Report of the Indian Hemp Drugs Commission, 1894-1895 - Volume III
Year: 1894
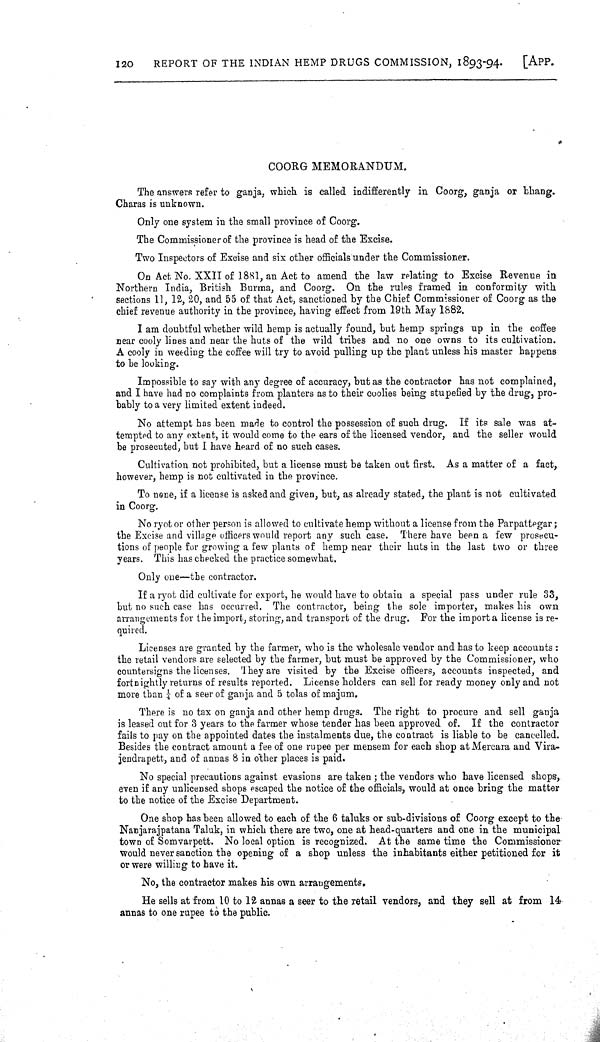
120
REPORT OF THE INDIAN HEMP DRUGS COMMISSION, 1893-94.
[APP.
COORG MEMORANDUM.
The answers refer to ganja, which is called indifferently in Coorg, ganja or bhang.
Charas is unknown.
Only one system in the small province of Coorg.
The Commissioner of the province is head of the Excise.
Two Inspectors of Excise and six other officials under the Commissioner.
On Act No. XXII of 1881, an Act to amend the law relating to Excise Revenue in
Northern India, British Burma, and Coorg. On the rules framed in conformity with
sections 11, 12, 20, and 55 of that Act, sanctioned by the Chief Commissioner of Coorg as the
chief revenue authority in the province, having effect from 19th May 1882.
I am doubtful whether wild hemp is actually found, but hemp springs up in the coffee
near cooly lines and near the huts of the wild tribes and no one owns to its cultivation.
A cooly in weeding the coffee will try to avoid pulling up the plant unless his master happens
to be looking.
Impossible to say with any degree of accuracy, but as the contractor has not complained,
and I have had no complaints from planters as to their coolies being stupefied by the drug, pro-
bably to a very limited extent indeed.
No attempt has been made to control the possession of such drug. If its sale was at-
tempted to any extent, it would come to the ears of the licensed vendor, and the seller would
be prosecuted, but I have heard of no such cases.
Cultivation not prohibited, but a license must be taken out first. As a matter of a fact,
however, hemp is not cultivated in the province.
To none, if a license is asked and given, but, as already stated, the plant is not cultivated
in Coorg.
No ryot or other person is allowed to cultivate hemp without a license from the Parpattegar;
the Excise and village officers would report any such case. There have been a few prosecu-
tions of people for growing a few plants of hemp near their huts in the last two or three
years. This has checked the practice somewhat.
Only one-the contractor.
If a ryot did cultivate for export, he would have to obtain a special pass under rule 33,
but no such case has occurred. The contractor, being the sole importer, makes his own
arrangements for the import, storing, and transport of the drug. For the import a license is re-
quired.
Licenses are granted by the farmer, who is the wholesale vendor and has to keep accounts:
the retail vendors are selected by the farmer, but must be approved by the Commissioner, who
countersigns the licenses. They are visiied by the Excise officers, accounts inspected, and
fortnightly returns of results reported. License holders can sell for ready money only and not
more than 1/4 of a seer of ganja and 5 tolas of majum.
There is no tax on ganja and other hemp drugs. The right to procure and sell ganja
is leased out for 3 years to the farmer whose tender has been approved of. If the contractor
fails to pay on the appointed dates the instalments due, the contract is liable to be cancelled.
Besides the contract amount a fee of one rupee per mensem for each shop at Mercara and Vira-
jendrapett, and of annas 8 in other places is paid.
No special precautions against evasions are taken; the vendors who have licensed shops,
even if any unlicensed shops escaped the notice of the officials, would at once bring the matter
to the notice of the Excise Department.
One shop has been allowed to each of the 6 taluks or sub-divisions of Coorg except to the
Nanjarajpatana Taluk, in which there are two, one at head-quarters and one in the municipal
town of Somvarpett. No local option is recognized. At the same time the Commissioner
would never sanction the opening of a shop unless the inhabitants either petitioned for it
or were willing to have it.
No, the contractor makes his own arrangements.
He sells at from 10 to 12 annas a seer to the retail vendors, and they sell at from 14
annas to one rupee to the public.